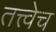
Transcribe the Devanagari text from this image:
तत्त्वेच